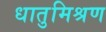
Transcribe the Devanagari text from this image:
धातुमिश्रण